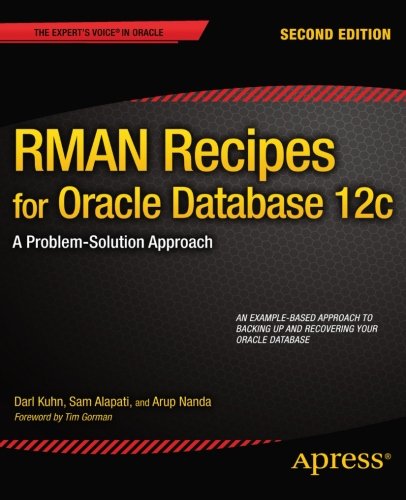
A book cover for RMAN Recipes for Oracle Database 12c: A Problem-Solution Approach (Expert's Voice in Oracle); Darl Kuhn; Computers & Technology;